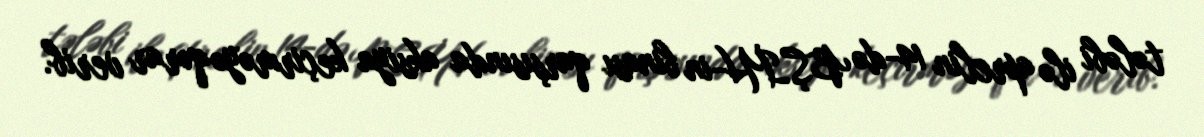
tələbi ilə aprelin 14-də BŞİH-in binası qarşısında aksiya keçirməyə qərar verib.